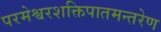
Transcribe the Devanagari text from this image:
परमेश्वरशक्तिपातमन्तरेण